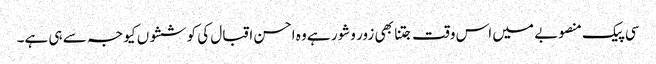
سی پیک منصوبے میں اس وقت جتنا بھی زور وشور ہے وہ احسن اقبال کی کوششوں کیو جہ سے ہی ہے۔